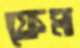
ফেম